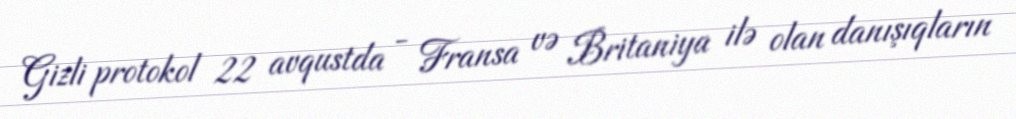
Gizli protokol 22 avqustda - Fransa və Britaniya ilə olan danışıqların